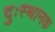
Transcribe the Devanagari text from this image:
दुःस्थानक